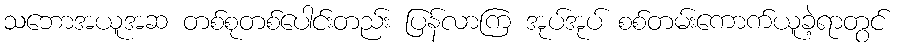
သဘောအယူအဆ တစ်စုတစ်ပေါင်းတည်း ပြန်လာကြ အုပ်အုပ် စစ်တမ်းကောက်ယူခဲ့ရာတွင်